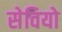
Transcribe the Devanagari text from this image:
सेवियो